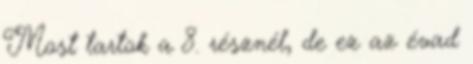
Most tartok a 8. résznél, de ez az évad